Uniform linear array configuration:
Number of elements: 16
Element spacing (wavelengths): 0.75
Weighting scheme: kaiser
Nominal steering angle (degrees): -45
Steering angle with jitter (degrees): -43.901
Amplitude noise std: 0.05
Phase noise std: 0.05

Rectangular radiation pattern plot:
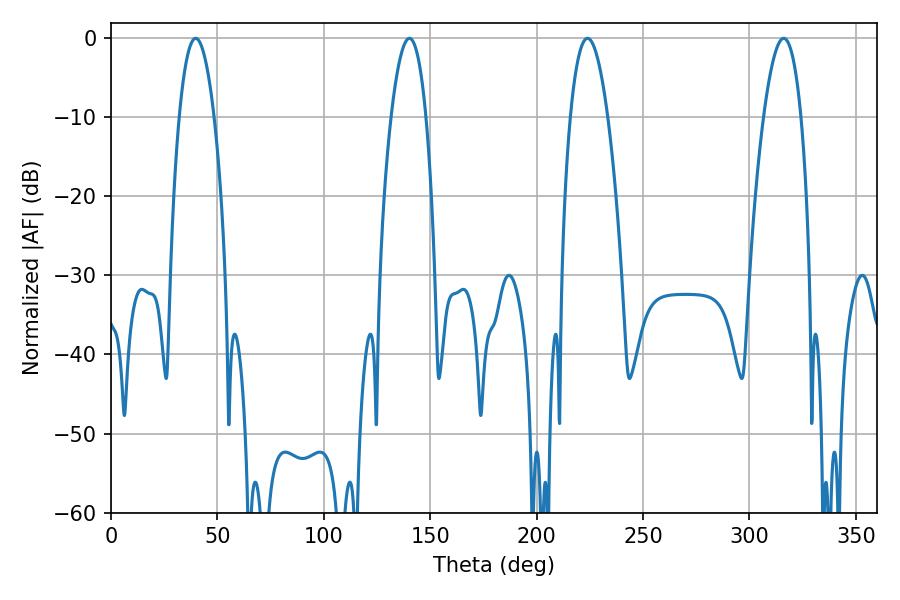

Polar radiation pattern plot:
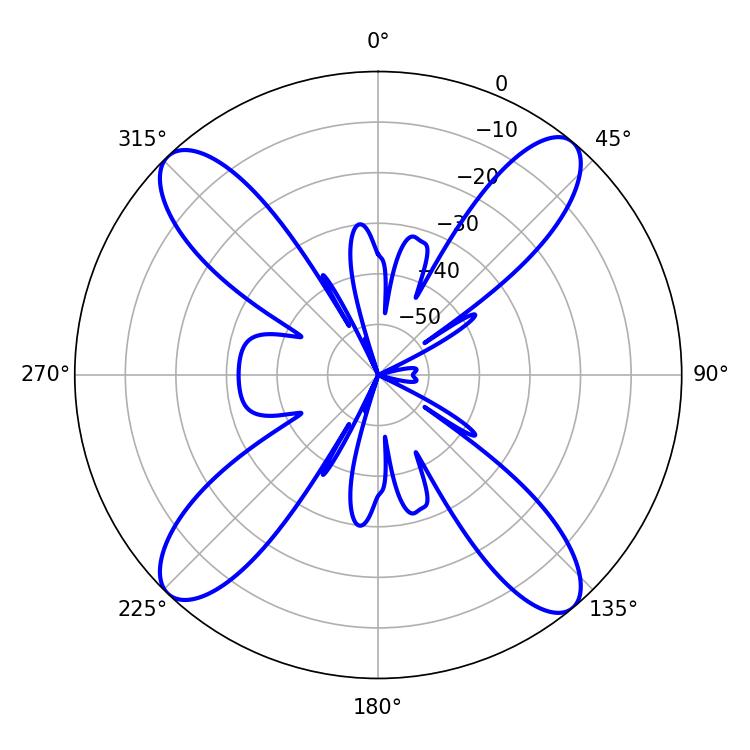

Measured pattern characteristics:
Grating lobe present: TRUE
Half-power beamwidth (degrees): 9
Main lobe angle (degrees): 39.78